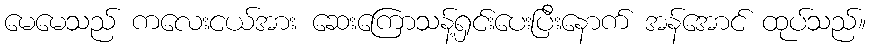
မေမေသည် ကလေးငယ်အား ဆေးကြောသန့်ရှင်းပေးပြီးနောက် အန်အောင် ထုပ်သည်။